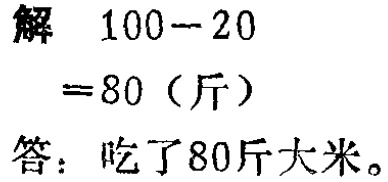
解 \(100 - 20\)

\(= 80\)（斤）

答：吃了80斤大米。